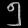
Digit: ၅